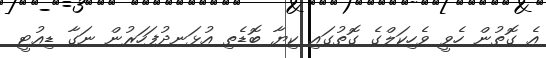
އެ ގޮތުން ހެވީ ވެހިކަލްގެ ގޮތުގައި ކިޔާ ބޮޑެތި އުޅަނދުފަހަރުން ނަގާ ޑިއުޓީ